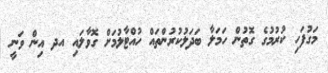
މަގުފަހި ކުރުމުގެ ގޮތުން ހަމަލާ ބަދަލުކުރުންތައް ހުއްޓާލުމަށް ގޮވާލައި އދ އިން ވަނީ